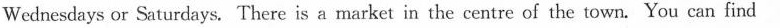
Wednesdays or Saturdays. There is a market in the centre of the town. You can find